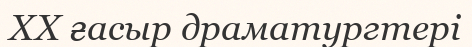
XX ғасыр драматургтері